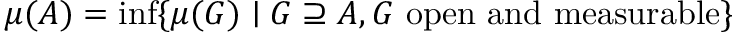
\mu ( A ) = \operatorname* { i n f } \{ \mu ( G ) \mid G \supseteq A , G { \mathrm { ~ o p e n ~ a n d ~ m e a s u r a b l e } } \}